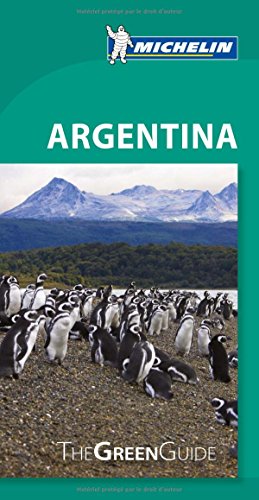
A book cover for Michelin Green Guide Argentina (Green Guide/Michelin); Michelin; Travel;